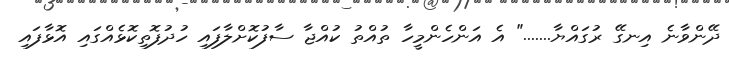
ދޭންވާނެ އިނގޭ ރުގައްޔާ......." އެ އަންހެންމީހާ ތުއްތު ކުއްޖާ ސާފުކޮށްލާފައި ހުދުފޮތިކޮޅެއްގައި އޮޅާފައި